Medical and sanitary report of the native army of Madras for the year
Year: 1876
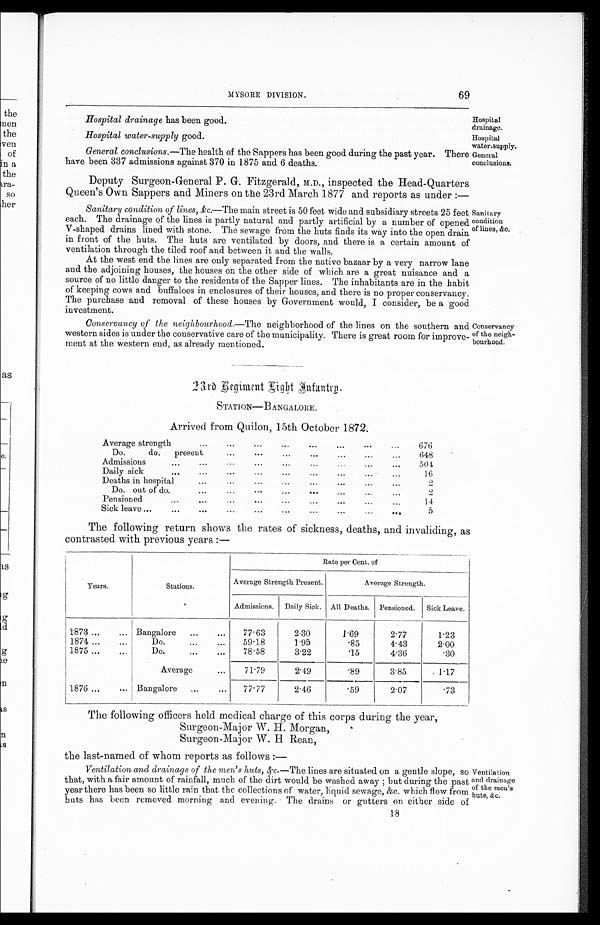
Hospital drainage has been good.
Hospital
drainage.
Hospital water-supply good.
Hospital
water-supply.
MYSORE DIVISION.
69
General conclusions.—The health of the Sappers has been good during the past year. There
have been 337 admissions against 370 in 1875 and 6 deaths.
Deputy Surgeon-General P. G. Fitzgerald, M.D., inspected the Head-Quarters
Queen's Own Sappers and Miners on the 23rd March 1877 and reports as under :—
General
conclusions.
Sanitary condition of lines, &c.—The main street is 50 feet wide and subsidiary streets 25 feet
each. The drainage of the lines is partly natural and partly artificial by a number of opened
V-shaped drains lined with stone. The sewage from the huts finds its way into the open drain
in front of the huts. The huts are ventilated by doors, and there is a certain amount of
ventilation through the tiled roof and between it and the walls.
At the west end the lines are only separated from the native bazaar by a very narrow lane
and the adjoining houses, the houses on the other side of which are a great nuisance and a
source of no little danger to the residents of the Sapper lines. The inhabitants are in the habit
of keeping cows and buffaloes in enclosures of their houses, and there is no proper conservancy.
The purchase and removal of these houses by Government would, I consider, be a good
investment.
Sanitary
condition
of lines, &c.
Conservancy of the neighbourhood—The neighborhood of the lines on the southern and
western sides is under the conservative care of the municipality. There is great room for improve-
ment at the western end, as already mentioned.
Conservancy
of the neigh-
bourhood.
R e g i m e n t L i g h t
I n f a n t r y .
STATION—BANGALORE.
Arrived from Quilon, 15th October 1872.
. . .
. . .
. . .
. . .
. . .
. . .
Average strength
...
...
676
Do.
do.
present...
...
...
...
...
. . .
648
...
Admissions
...
...
...
...
...
...
.....
5 0 4
Daily sick
...
...
....
...
...
...
...
16
...
Deaths in hospital...
...
...
...
...
...
2
Do. out of do.
...
...
...
...
...
2
Pensioned...
...
...
...
...
...
...
...
...
14
Sick leave ...
...
...
...
...
...
...
...
...
...
5
The following return shows the rates of sickness, deaths, and invaliding, as
contrasted with previous years :—
Years.
Stations.
Rate per Cent. of
Average Strength Present.
Average Strength.
Admissions.
Daily Sick. All Deaths. Pensioned.
Sick Leave.
1873 ...
... Bangalore
...
. . .
77.63
2.30
1.69
2.77
1.23
1874 ...
...
Do.
...
...
59.18
1.95
.85
4.43
2.00
1875 ...
...
Do.
...
...
78.58
3.22
.15
4.36
.30
Average
...
71.79
2.49
.89
3.85
1.17
1876 ...
... Bangalore
...
...
77.77
2.46
.59
2 . 0 7
.73
The following officers held medical charge of this corps during the year,
Surgeon-Major W. H. Morgan,
Surgeon-Major W. H. Rean,
the last-named of whom reports as follows :—
Ventilation and drainage of the men's huts, & c.—The lines are situated on a gentle slope, so
that, with a fair amount of rainfall, much of the dirt would be washed away ; but during the past
year there has been so little rain that the collections of water, liquid sewage, &c. which flow from
huts has been removed morning and evening. The drains or gutters on either side of
18
Ventilation
and drainage
of the men's
huts, &c.